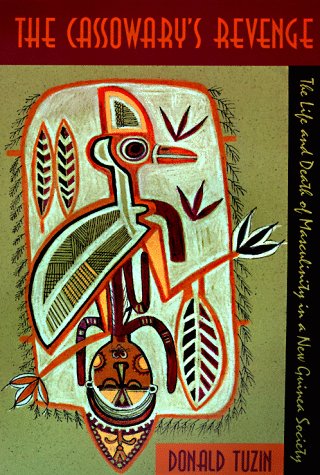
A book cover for The Cassowary's Revenge: The Life and Death of Masculinity in a New Guinea Society (Worlds of Desire: The Chicago Series on Sexuality, Gender, and Culture); Donald Tuzin; History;